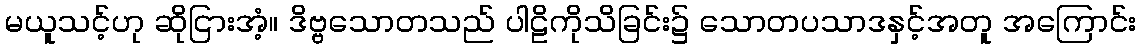
မယူသင့်ဟု ဆိုငြားအံ့။ ဒိဗ္ဗသောတသည် ပါဠိကိုသိခြင်း၌ သောတပသာဒနှင့်အတူ အကြောင်း